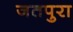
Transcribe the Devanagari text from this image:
जतपुरा